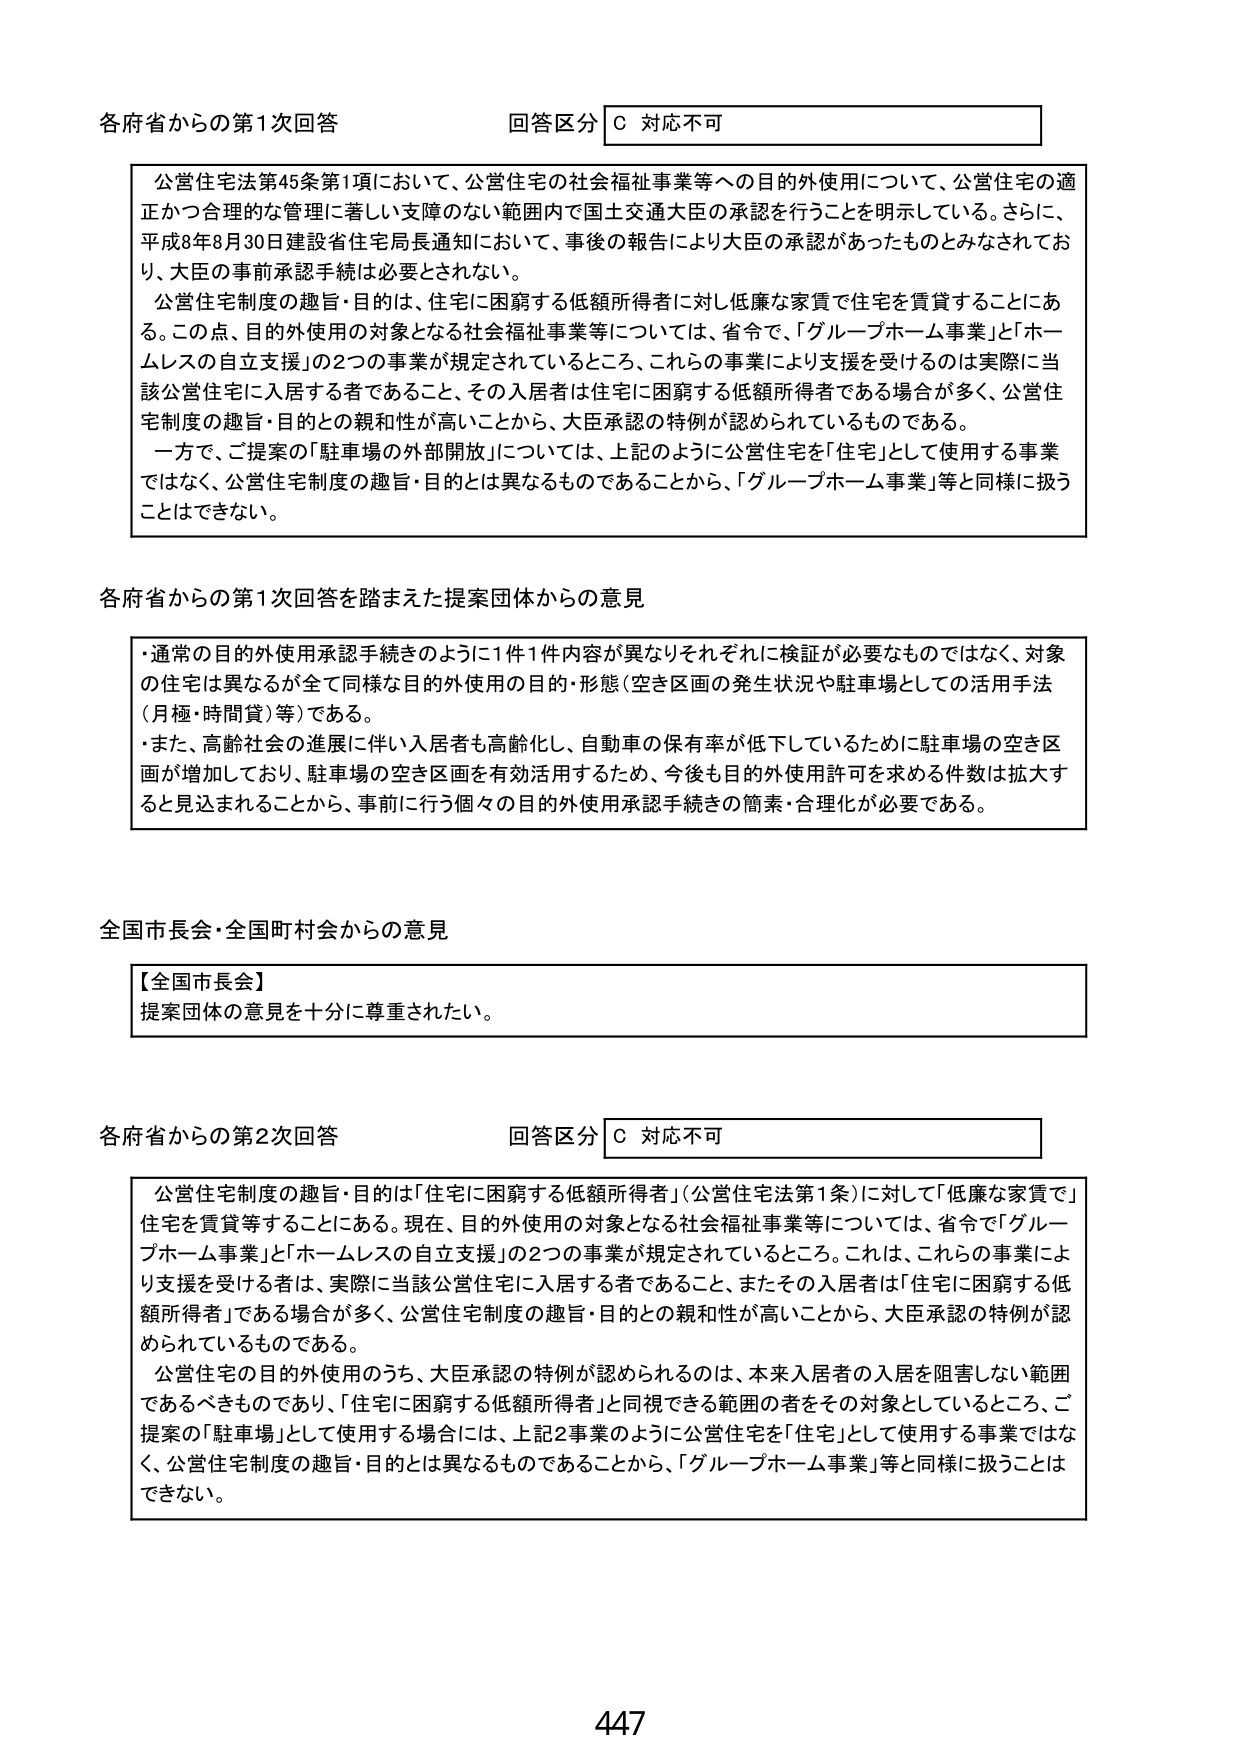
各府省からの第1次回答 回答区分 C 対応不可

公営住宅法第45条第1項において、公営住宅の社会福祉事業等への目的外使用について、公営住宅の適正かつ合理的な管理に著しい支障のない範囲内で国土交通大臣の承認を行うことを明示している。さらに、平成8年8月30日建設省住宅局長通知において、事後の報告により大臣の承認があったものとみなされており、大臣の事前承認手続は必要とされない。

公営住宅制度の趣旨・目的は、住宅に困窮する低額所得者に対し低廉な家賃で住宅を賃貸することにある。この点、目的外使用の対象となる社会福祉事業等については、省令で、「グループホーム事業」と「ホームレスの自立支援」の2つの事業が規定されているところ、これらの事業により支援を受けるのは実際に当該公営住宅に入居する者であること、その入居者は住宅に困窮する低額所得者である場合が多く、公営住宅制度の趣旨・目的との親和性が高いことから、大臣承認の特例が認められているものである。

一方で、ご提案の「駐車場の外部開放」については、上記のように公営住宅を「住宅」として使用する事業ではなく、公営住宅制度の趣旨・目的とは異なるものであることから、「グループホーム事業」等と同様に扱うことはできない。

各府省からの第1次回答を踏まえた提案団体からの意見

・通常の目的外使用承認手続きのように1件1件内容が異なりそれぞれに検証が必要なものではなく、対象の住宅は異なるが全て同様な目的外使用の目的・形態（空き区画の発生状況や駐車場としての活用手法（月極・時間貸）等）である。

・また、高齢社会の進展に伴い入居者も高齢化、自動車の保有率が低下しているために駐車場の空き区画が増加しており、駐車場の空き区画を有効活用するため、今後も目的外使用許可を求める件数は拡大すると見込まれることから、事前に行う個々の目的外使用承認手続きの簡素・合理化が必要である。

全国市長会・全国町村会からの意見

【全国市長会】
提案団体の意見を十分に尊重されたい。

各府省からの第2次回答 回答区分 C 対応不可

公営住宅制度の趣旨・目的は「住宅に困窮する低額所得者」（公営住宅法第1条）に対して「低廉な家賃で」住宅を賃貸等することにある。現在、目的外使用の対象となる社会福祉事業等については、省令で「グループホーム事業」と「ホームレスの自立支援」の2つの事業が規定されているところ。これは、これらの事業により支援を受ける者は、実際に当該公営住宅に入居する者であること、またその入居者は「住宅に困窮する低額所得者」である場合が多く、公営住宅制度の趣旨・目的との親和性が高いことから、大臣承認の特例が認められているものである。

公営住宅の目的外使用のうち、大臣承認の特例が認められるのは、本来入居者の入居を阻害しない範囲であるべきものであり、「住宅に困窮する低額所得者」と同視できる範囲の者をその対象としているところ、ご提案の「駐車場」として使用する場合には、上記2事業のように公営住宅を「住宅」として使用する事業ではなく、公営住宅制度の趣旨・目的とは異なるものであることから、「グループホーム事業」等と同様に扱うことはできない。

447